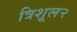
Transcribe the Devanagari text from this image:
त्रिशूल२